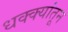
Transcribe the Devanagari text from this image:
धक्क्यांतून